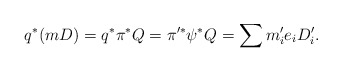
\begin{align*}q^*(mD)=q^*\pi^*Q=\pi'^*\psi^*Q=\sum m_i'e_iD_i'.\end{align*}